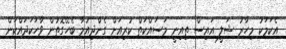
އެކަމަކު މިހާރު ޝަލީ އައިސް ތިއިނީ މަސައްކަތް ކުރިއަށް ގެންދިއުމާ ބެހޭގޮތުން ވާހަކަދައްކަން